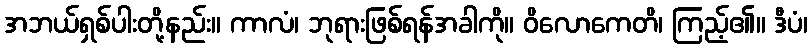
အဘယ်ရှစ်ပါးတို့နည်း။ ကာလံ၊ ဘုရားဖြစ်ရန်အခါကို။ ဝိလောကေတိ၊ ကြည့်၏။ ဒီပံ၊